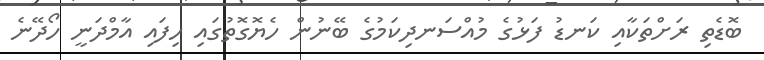
ބޮޑެތި ރަށްތަކާއި ކަނޑު ފަޅުގެ މުއްސަނދިކަމުގެ ބޭނުން ހެޔޮގޮތުގައި ހިފައި އާމްދަނީ ހޯދޭނެ